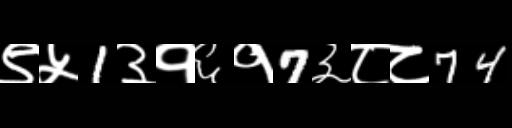
Text: ९५1३१६१7३८८74